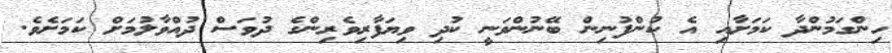
ހިންގަމުންދާ ކަމަށާއި އެ ކުންފުނިން ބޭނުންވަނީ ކުދި ވިޔަފާރިވެރިންގެ ދުވަސް ދުއްވާލުމަށް ކަމަށެވެ.